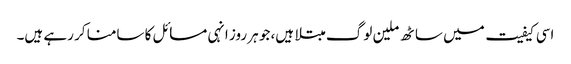
اسی کیفیت میں ساٹھ ملین لوگ مبتلا ہیں، جو ہر روز انہی مسائل کا سامنا کر رہے ہیں۔